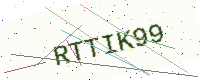
Text: RTTIK99